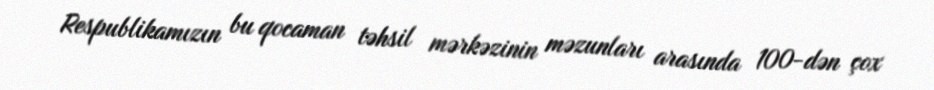
Respublikamızın bu qocaman təhsil mərkəzinin məzunları arasında 100-dən çox